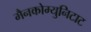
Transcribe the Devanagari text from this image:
मैनकोम्युनिटाट